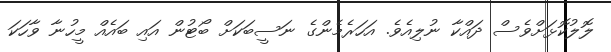
ލޮލުކޮޅަށްވެސް ދައްކާ ނުލިއެވެ. އަހަރެމެންގެ ނަސީބަކަށް ބޯޓުން އައި ބައެއް މީހުނާ ވާހަކަ